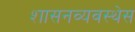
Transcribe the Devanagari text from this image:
शासनव्यवस्थेस